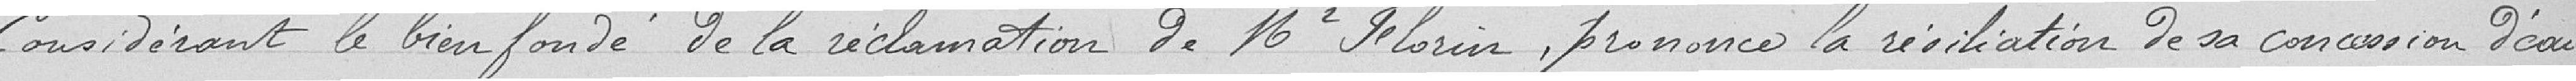
Considérant le bien fondé de la réclamation de Monsieur FLORIN, prononce la résiliation de la concession d'eau.